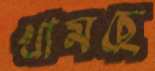
খামছে